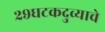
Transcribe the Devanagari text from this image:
२९घटकदुव्याचे